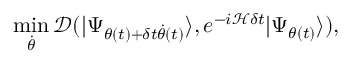
\operatorname* { m i n } _ { \dot { \theta } } \mathcal { D } ( | \Psi _ { \theta ( t ) + \delta t \dot { \theta } ( t ) } \rangle , e ^ { - i \mathcal { H } \delta t } | \Psi _ { \theta ( t ) } \rangle ) ,